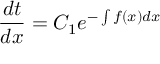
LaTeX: { \frac { d t } { d x } } = C _ { 1 } e ^ { - \int f ( x ) d x }